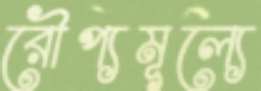
রৌপ্যমূল্যে